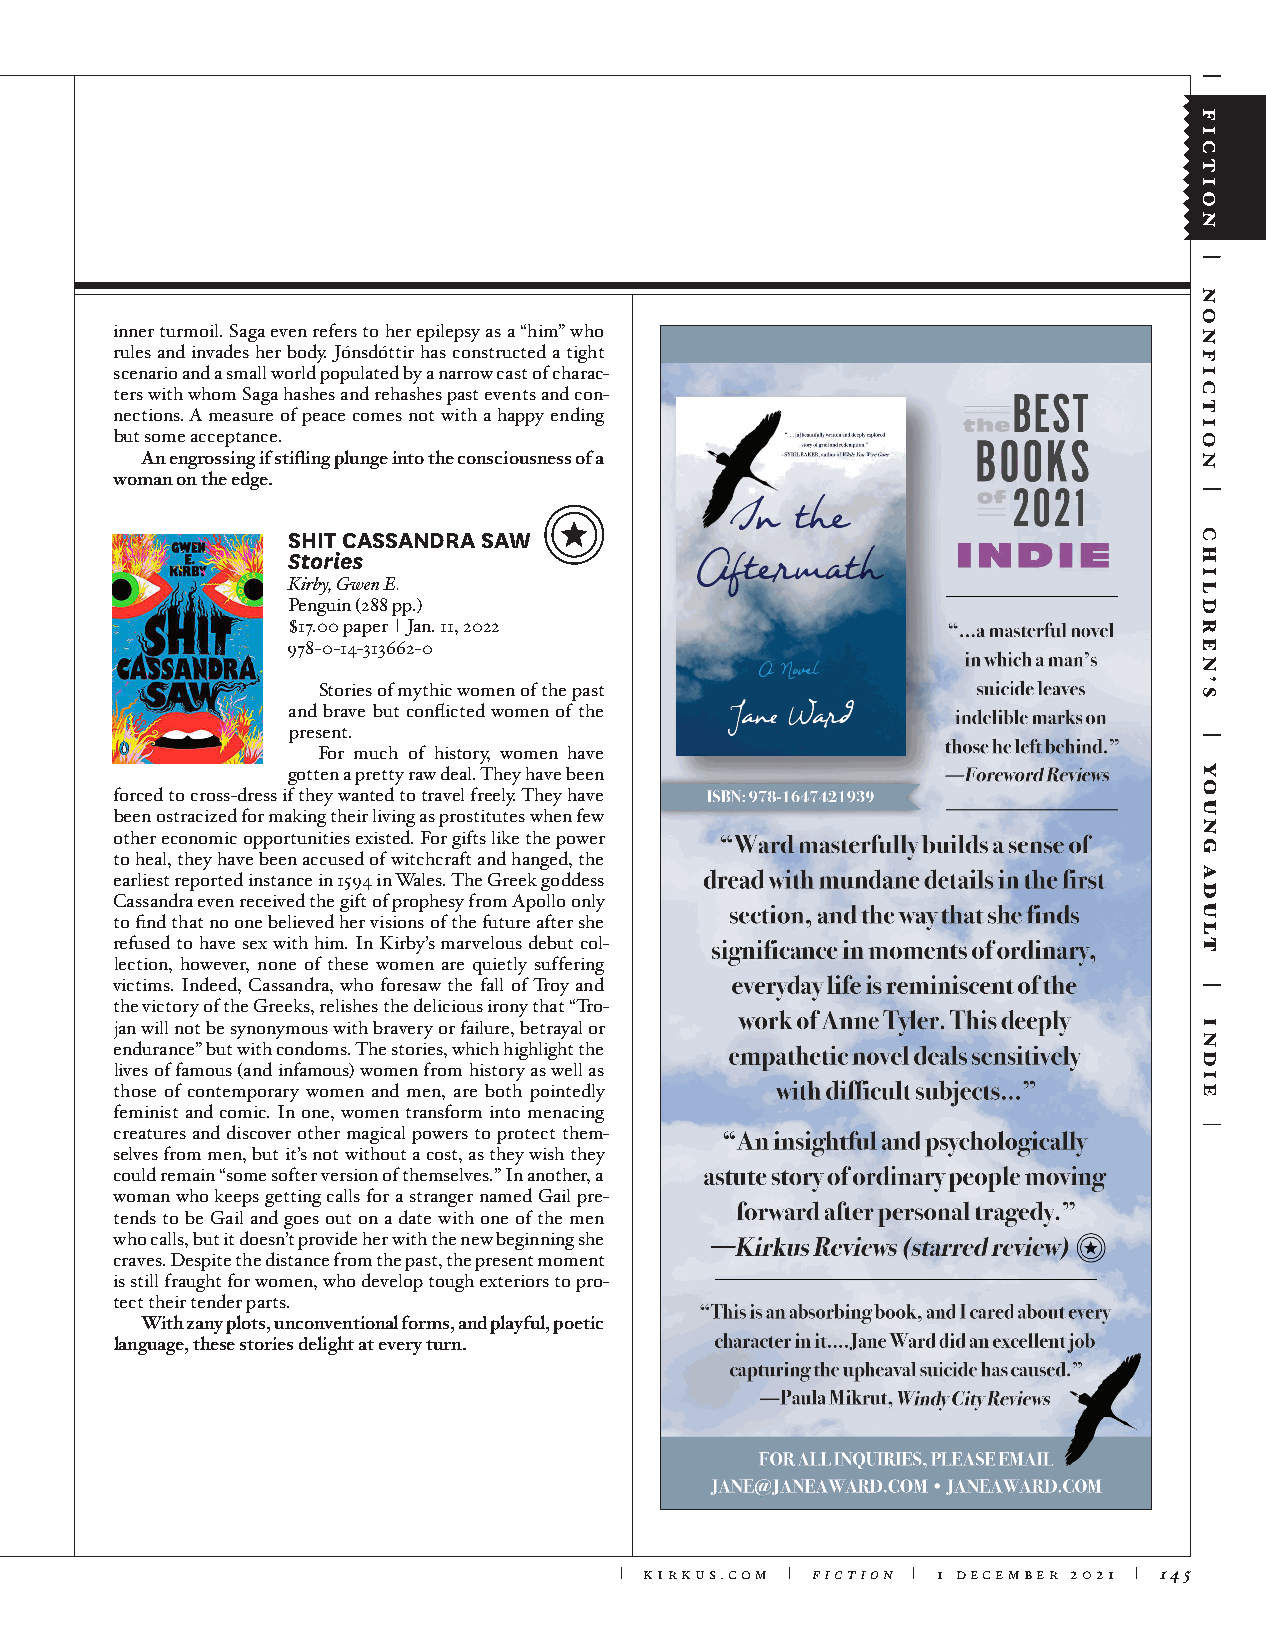
inner turmoil. Saga even refers to her epilepsy as a “him” who
 rules and invades her body. Jónsdóttir has constructed a tight
 scenario and a small world populated by a narrow cast of charac-
 ters with whom Saga hashes and rehashes past events and con-
 nections. A measure of peace comes not with a happy ending
 but some acceptance.
 An engrossing if stifling plunge into the consciousness of a
 woman on the edge.
 SHIT CASSANDRA SAW
 Stories
 Kirby, Gwen E.
 Penguin (288 pp.)
 $17.00 paper | Jan. 11, 2022
 978-0-14-313662-0
 Stories of mythic women of the past
 and brave but conflicted women of the
 present.
 For much of history, women have
 gotten a pretty raw deal. They have been
 forced to cross-dress if they wanted to travel freely. They have
 been ostracized for making their living as prostitutes when few
 other economic opportunities existed. For gifts like the power
 to heal, they have been accused of witchcraft and hanged, the
 earliest reported instance in 1594 in Wales. The Greek goddess
 Cassandra even received the gift of prophesy from Apollo only
 to find that no one believed her visions of the future after she
 refused to have sex with him. In Kirby’s marvelous debut col-
 lection, however, none of these women are quietly suffering
 victims. Indeed, Cassandra, who foresaw the fall of Troy and
 the victory of the Greeks, relishes the delicious irony that “Tro-
 jan will not be synonymous with bravery or failure, betrayal or
 endurance” but with condoms. The stories, which highlight the
 lives of famous (and infamous) women from history as well as
 those of contemporary women and men, are both pointedly
 feminist and comic. In one, women transform into menacing
 creatures and discover other magical powers to protect them-
 selves from men, but it’s not without a cost, as they wish they
 could remain “some softer version of themselves.” In another, a
 woman who keeps getting calls for a stranger named Gail pre-
 tends to be Gail and goes out on a date with one of the men
 who calls, but it doesn’t provide her with the new beginning she
 craves. Despite the distance from the past, the present moment
 is still fraught for women, who develop tough exteriors to pro-
 tect their tender parts.
 With zany plots, unconventional forms, and playful, poetic
 language, these stories delight at every turn.
 | kirkus.com | fiction | 1 december 2021 | 145
 young
 adult